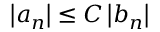
\left\vert a _ { n } \right\vert \leq C \left\vert b _ { n } \right\vert